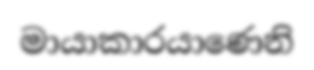
මායාකාරයාණෙනි